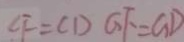
C F = C D G F = G D